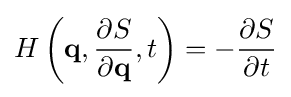
H\left(\mathbf {q} ,{\frac {\partial S}{\partial \mathbf {q} }},t\right)=-{\frac {\partial S}{\partial t}}